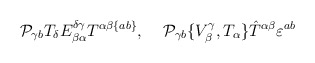
\begin{align*}{\cal P}_{\gamma b}T_\delta E^{\delta\gamma}_{\beta\alpha}T^ {\alpha\beta\{ab\}},\;\;\;\;{\cal P}_{\gamma b}\{V^\gamma_\beta,T_\alpha\} \hat{T}^{\alpha\beta}\varepsilon^{ab}\end{align*}